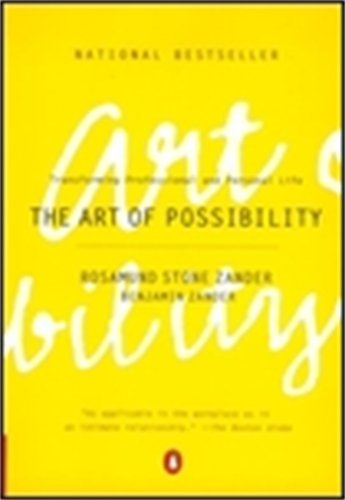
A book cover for The Art of Possibility: Transforming Professional and Personal Life; Rosamund Stone Zander; Business & Money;